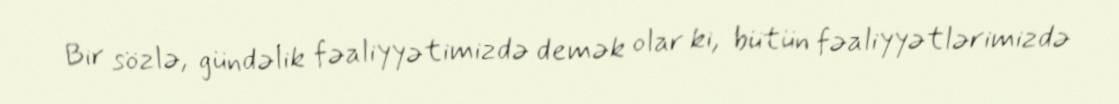
Bir sözlə, gündəlik fəaliyyətimizdə demək olar ki, bütün fəaliyyətlərimizdə